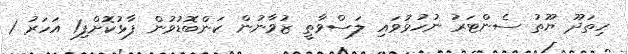
ހިތަދޫ ޔޫތު ސެންޓަރު ނުހުޅުވައި ލަސްވާތީ ޒުވާނުން ކަންބޮޑުވުން ފާޅުކޮށްފި1 އަހަރު 1